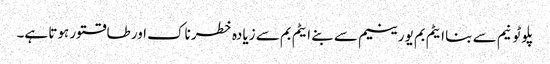
پلوٹونیم سے بنا ایٹم بم یورینیم سے بنے ایٹم بم سے زیادہ خطرناک اور طاقتور ہوتا ہے۔